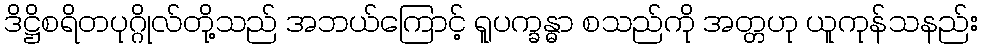
ဒိဋ္ဌိစရိတပုဂ္ဂိုလ်တို့သည် အဘယ်ကြောင့် ရူပက္ခန္ဓာ စသည်ကို အတ္တဟု ယူကုန်သနည်း